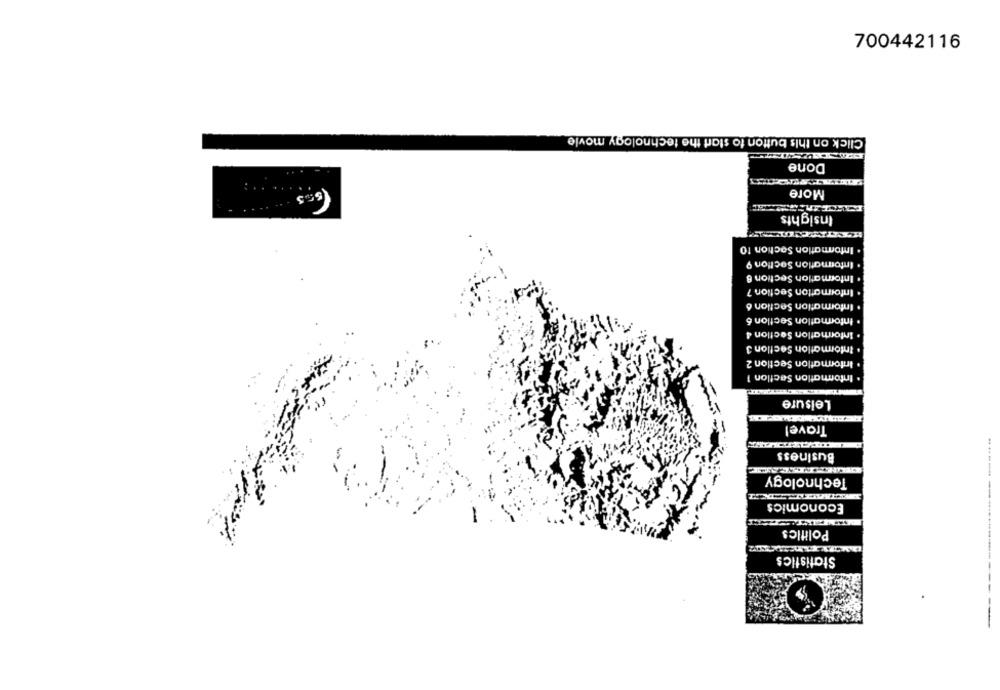
700442116
Click on this button to start the technology movie
Done
More
Insights
. Information Section 10
. Information Section 9
. Information Section 8
Information Section ?
. Information Section 6
Information Section 6
Information Section 4
Information Section 3
Information Section 2
. Information Section 1
Leisure
Travel
Business
Technology
.. .. .....
Economics
Politics
Statistics